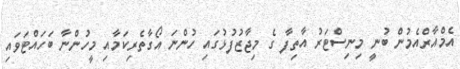
އެމްއާރްއެމުން ބުނީ މިނިސްޓަރު އާތިފާ ގެ މިޖާޒުފުޅުގައި ހުންނަ އޯގާތެރިކަމާއި މީހުންނާ ބަހައްޓަވައި